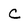
Character: C